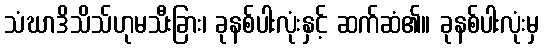
သံဃာဒိသိသ်ဟုမသီးခြား၊ ခုနစ်ပါးလုံးနှင့် ဆက်ဆံ၏။ ခုနစ်ပါးလုံးမှ